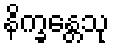
နိက္ခန္တေသု